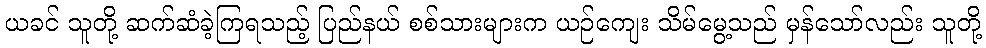
ယခင် သူတို့ ဆက်ဆံခဲ့ကြရသည့် ပြည်နယ် စစ်သားများက ယဉ်ကျေး သိမ်မွေ့သည် မှန်သော်လည်း သူတို့